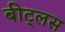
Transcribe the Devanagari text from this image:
बीट्लस